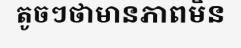
តូចៗថាមានភាពមិន